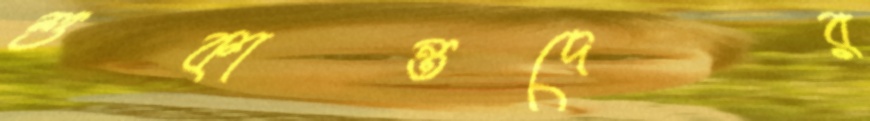
শুকান্তদের